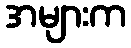
အများက